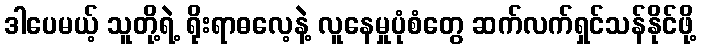
ဒါပေမယ့် သူတို့ရဲ့ ရိုးရာဓလေ့နဲ့ လူနေမှုပုံစံတွေ ဆက်လက်ရှင်သန်နိုင်ဖို့